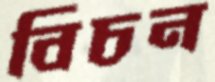
বিচন